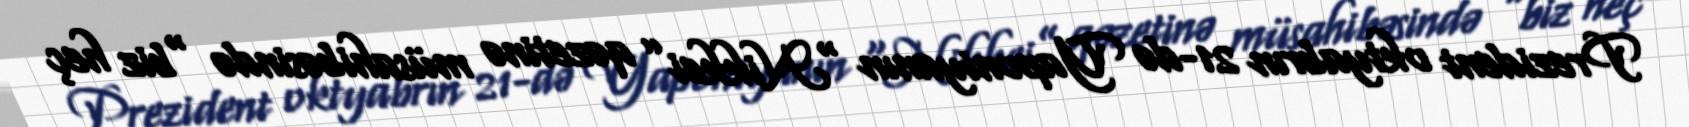
Prezident oktyabrın 21-də Yaponiyanın “Nikkei” qəzetinə müsahibəsində “biz heç